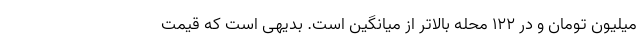
میلیون تومان و در ۱۲۲ محله بالاتر از میانگین است. بدیهی است که قیمت